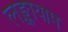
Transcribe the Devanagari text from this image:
लङ्कायाम